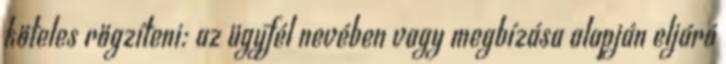
köteles rögzíteni: az ügyfél nevében vagy megbízása alapján eljáró